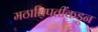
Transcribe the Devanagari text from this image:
मठाधिपतींकडून